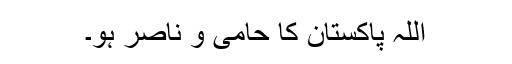
اللہ پاکستان کا حامی و ناصر ہو۔